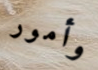
وأمور